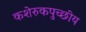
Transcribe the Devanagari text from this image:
कशेरुकपुच्छीय